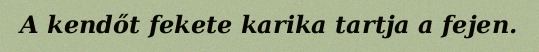
A kendőt fekete karika tartja a fejen.